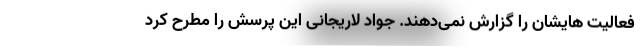
فعالیت هایشان را گزارش نمی‌دهند. جواد لاریجانی این پرسش را مطرح کرد